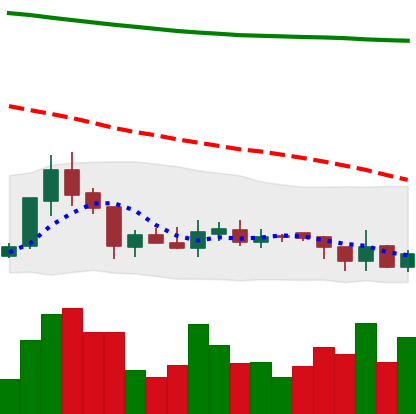
Ticker: XRP-USD
Chart end date: 2018-08-03
Forward return: -24.656%
Label: down_7plus